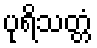
ပုရိသတ္တံ